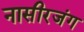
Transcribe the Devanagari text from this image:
नासीरजंग